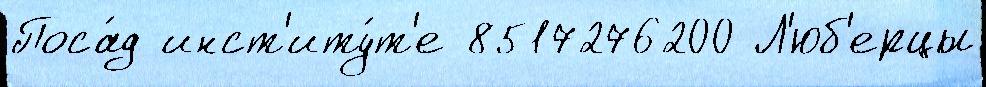
Поса́д инст'иту́т'е 8517276200 Л'юб'ерцы